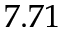
7 . 7 1